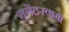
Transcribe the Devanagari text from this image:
मृगेंद्रस्वामी